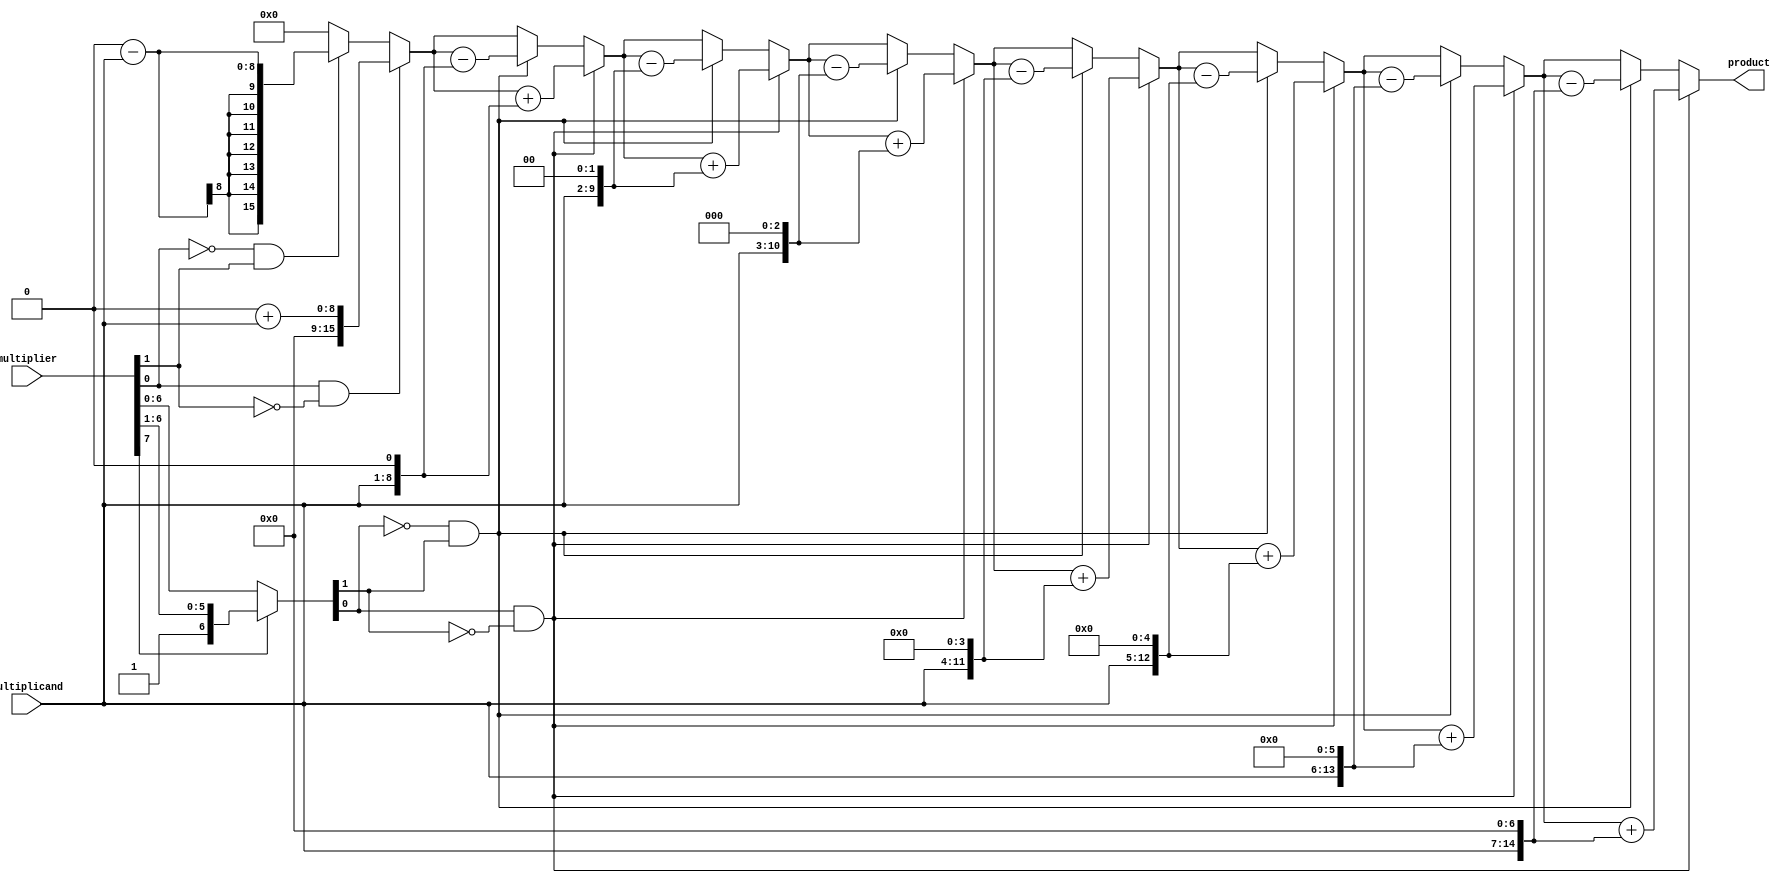
module BoothMultiplier(
    input wire [7:0] multiplicand,
    input wire [7:0] multiplier,
    output reg [15:0] product
);

reg [7:0] A;
reg [7:0] S;
reg [3:0] count;

always @(*) begin
    A = multiplicand;
    S = multiplier;
    count = 0;
    product = 0;

    for (count = 0; count < 8; count = count + 1) begin
        if (S[0] == 1 && S[1] == 0) begin
            product = product + (A << count);
        end else if (S[0] == 0 && S[1] == 1) begin
            product = product - (A << count);
        end

        if (S[7] == 0) begin
            S = {S[7], S[6], S[5], S[4], S[3], S[2], S[1], S[0]};
        end else begin
            S = {0, S[7], S[6], S[5], S[4], S[3], S[2], S[1]};
        end
    end
end

endmodule